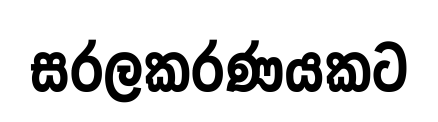
සරලකරණයකට